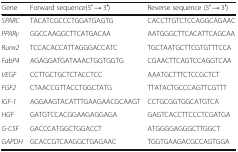
| Gene | Forward sequence(5′ → 3′) | Reverse sequence (5′ → 3′) |
 | --- | --- | --- |
 | SPARC | TACATCGCCCTGGATGAGTG | CACCTTGTCTCCAGGCAGAAC |
 | PPARγ | GGCCAAGGCTTCATGACAA | AATGGGCTTCACATTCAGCAA |
 | Runx2 | TCCACACCATTAGGGACCATC | TGCTAATGCTTCGTGTTTCCA |
 | FabP4 | AGAGGATGATAAACTGGTGGTG | CGAACTTCAGTCCAGGTCAA |
 | VEGF | CCTTGCTGCTCTACCTCC | AAATGCTTTCTCCGCTCT |
 | FGF2 | CTAACCGTTACCTGGCTATG | TTATACTGCCCAGTTCGTTT |
 | IGF-1 | AGGAAGTACATTTGAAGAACGCAAGT | CCTGCGGTGGCATGTCA |
 | HGF | GATGTCCACGGAAGAGGAGA | GAGTCACCTTCCCTCGATGA |
 | G-CSF | GACCCATGGCTGGACCT | ATGGGGAGGGCTTGGCT |
 | GAPDH | GCACCGTCAAGGCTGAGAAC | TGGTGAAGACGCCAGTGGA |